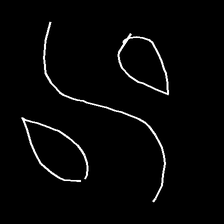
Glyph: water